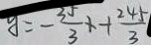
y = - \frac { 3 5 } { 3 } x + \frac { 2 4 5 } { 3 }